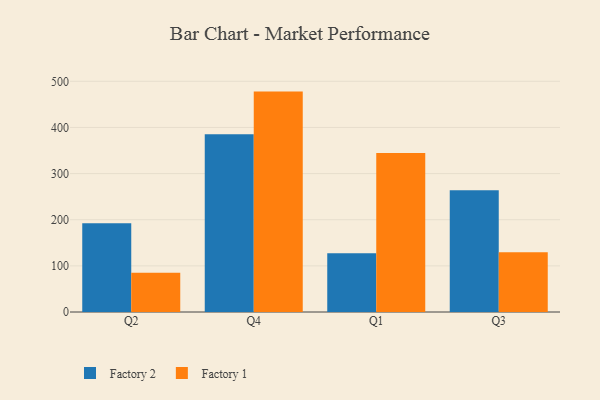
{"axis": {"x": "Quarter", "y": "Tickets Resolved"}, "legend": ["Factory 1", "Factory 2"], "data": [{"x": "Q2", "y": 192.4, "type": "Factory 2"}, {"x": "Q2", "y": 85.2, "type": "Factory 1"}, {"x": "Q4", "y": 385.2, "type": "Factory 2"}, {"x": "Q4", "y": 477.7, "type": "Factory 1"}, {"x": "Q1", "y": 127.3, "type": "Factory 2"}, {"x": "Q1", "y": 344.8, "type": "Factory 1"}, {"x": "Q3", "y": 264.1, "type": "Factory 2"}, {"x": "Q3", "y": 129.7, "type": "Factory 1"}]}